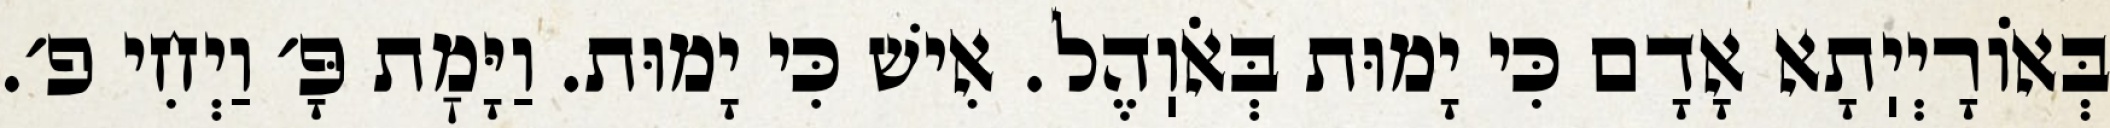
בְּאוֹרָיְיֽתָא אָדָם כִּי יָמוּת בְּאֹוֽהֶל. אִישׁ כִּי יָמוּת. וַיָּמׇת פָּ׳ וַיְחִי פ׳.